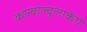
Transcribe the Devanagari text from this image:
कोन्वोल्वूलाकेऐ